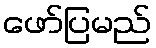
ဖော်ပြမည်